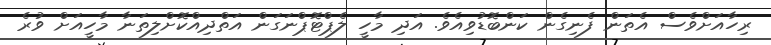
ރިހާއަށްވެސް އެތަން ފެނިގެން ކަންބޮޑުވިއެވެ. އަދި މާހީ ލެޕްޓޮޕްނަގަން އަތްދިއްކޮށްލިތަނާ މާހީއަށް ވުރެ